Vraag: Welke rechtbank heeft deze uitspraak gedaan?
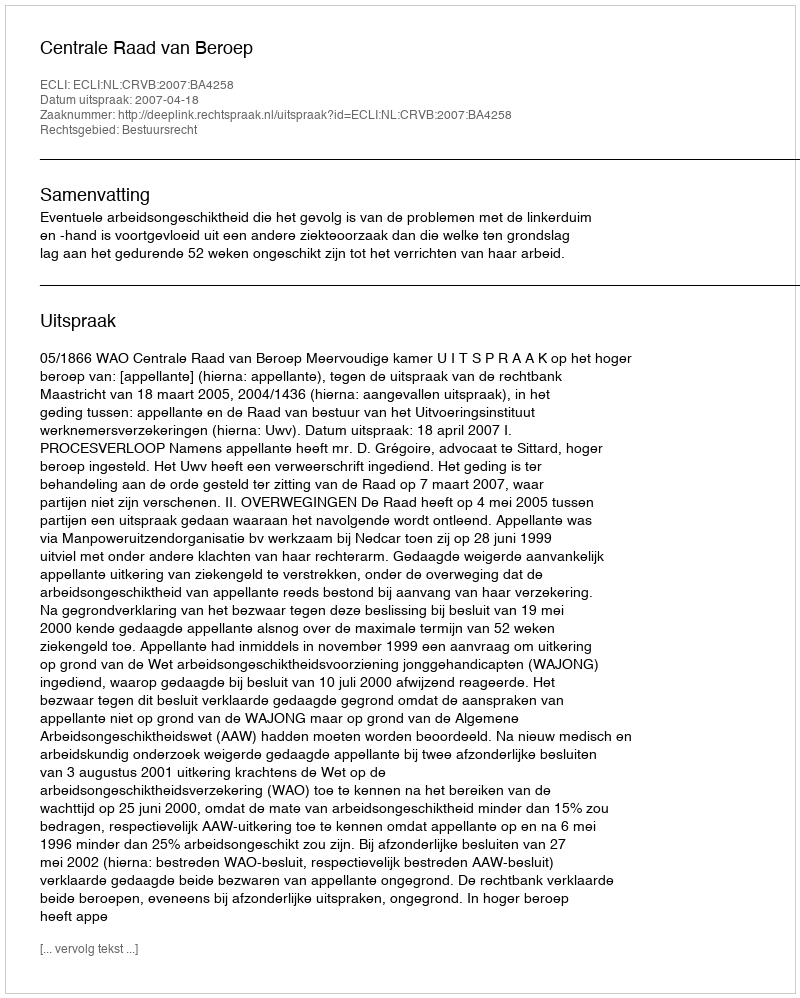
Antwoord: Centrale Raad van Beroep